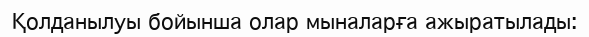
Қолданылуы бойынша олар мыналарға ажыратылады: